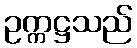
ဥက္ကဋ္ဌသည်